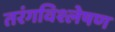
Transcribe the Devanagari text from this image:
तरंगविश्लेषण